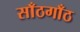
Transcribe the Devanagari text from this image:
साँठगाँठ